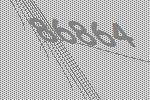
86864